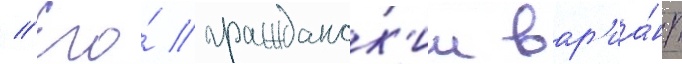
// Его́ гражданск'ии вар'иа́нт